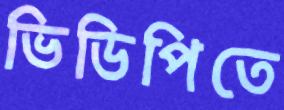
ভিডিপিতে